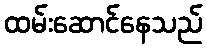
ထမ်းဆောင်နေသည်